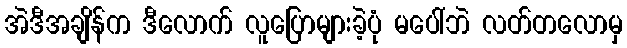
အဲဒီအချိန်က ဒီလောက် လူပြောများခဲ့ပုံ မပေါ်ဘဲ လတ်တလောမှ